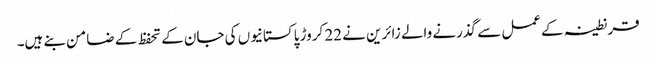
قرنطینہ کےعمل سے گذرنے والے زائرین نے 22 کروڑ پاکستانیوں کی جان کے تحفظ کے ضامن بنے ہیں۔